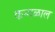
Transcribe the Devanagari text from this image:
कन्गळाल